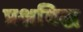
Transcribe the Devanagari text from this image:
प्रश्नबिद्ध